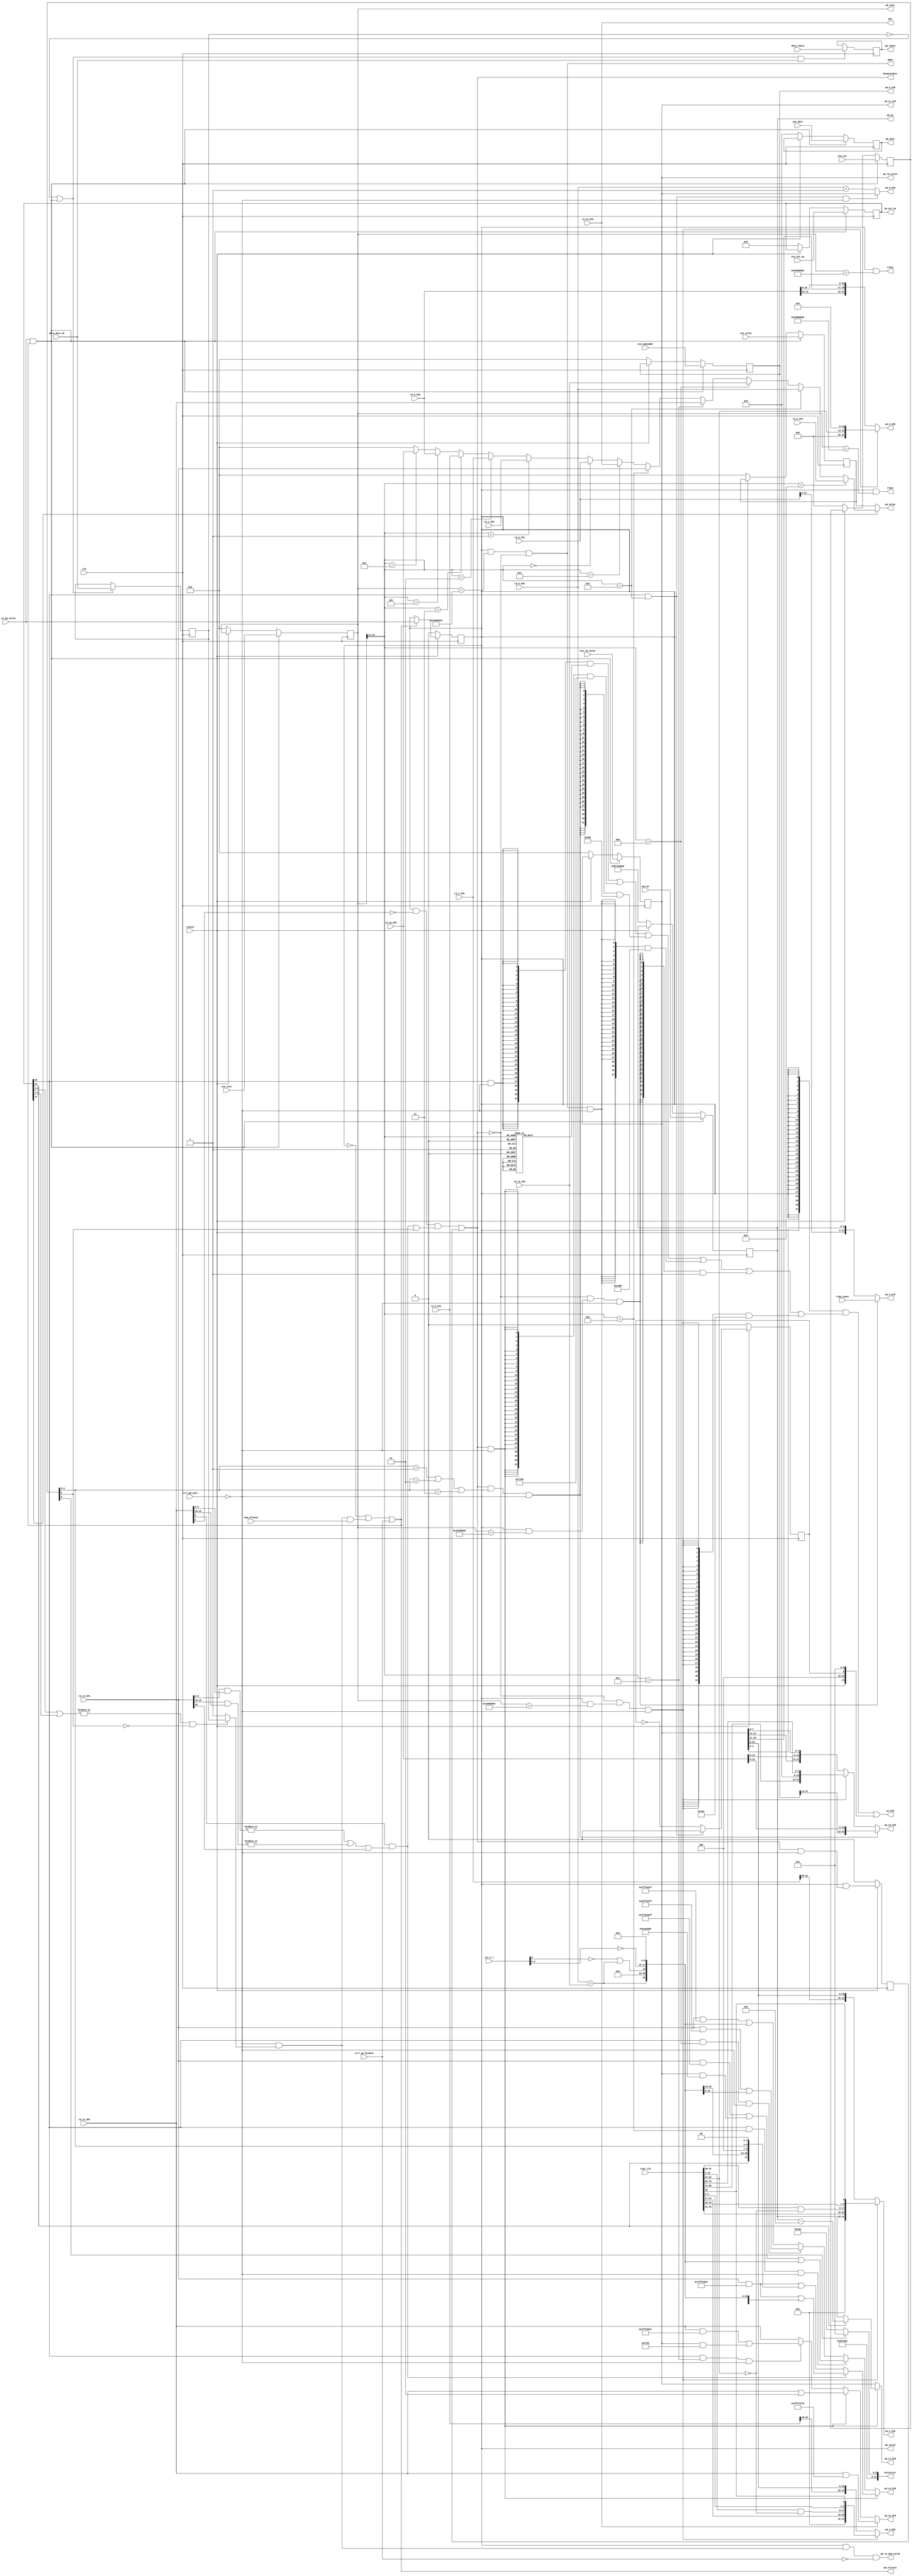

module prememory_stage(
    input  wire        clk,
    input  wire        resetn,

    input  wire [31:0] exe_pc,          //pc @execute_stage
    input  wire [31:0] exe_inst,        //instr code @execute_stage
    input  wire [ 6:0] exe_exc,
    input  wire [31:0] exe_badvaddr,
    output reg  [31:0] pm_pc,          //pc @prememory_stage
    output reg  [31:0] pm_inst,        //instr code @prememory_stage

    input  wire [19:0] exe_out_op,      //control signals used in MEM, WB stages
    input  wire [ 4:0] exe_dest,        //reg num of dest operand
    input  wire [31:0] exe_value,       //alu result from exe_stage or other intermediate
                                        //value for the following stages
    input  wire [31:0] exe_ld_value,

    input  wire [31:0] data_rdata,
    input  wire        data_data_ok,
    output reg  [31:0] pm_rdata,

    output wire [19:0] pm_out_op,      //control signals used in WB stage
    output reg  [ 4:0] pm_dest,        //reg num of dest operand
    output wire [31:0] pm_value,       //pm_stage final result
    output reg  [31:0] pm_ld_value,

    input  wire [31:0] rd_8_CP0,
    input  wire [31:0] rd_9_CP0,
    input  wire [31:0] rd_11_CP0,
    input  wire [31:0] rd_12_CP0,
    input  wire [31:0] rd_13_CP0,
    input  wire [31:0] rd_14_CP0,

    output wire [31:0] we_CP0,
    output reg  [31:0] wd_8_CP0,
    output reg  [31:0] wd_9_CP0,
    output reg  [31:0] wd_11_CP0,
    output reg  [31:0] wd_12_CP0,
    output reg  [31:0] wd_13_CP0,
    output reg  [31:0] wd_14_CP0,

    input  wire [31:0] rd_0_CP0,
    input  wire [31:0] rd_1_CP0,
    input  wire [31:0] rd_2_CP0,
    input  wire [31:0] rd_3_CP0,
    input  wire [31:0] rd_5_CP0,
    input  wire [31:0] rd_10_CP0,

    output reg  [31:0] wd_0_CP0,
    output reg  [31:0] wd_2_CP0,
    output reg  [31:0] wd_3_CP0,
    output reg  [31:0] wd_5_CP0,
    output reg  [31:0] wd_10_CP0,

    output wire        ResponseExc,
    output wire [31:0] ExcVector,
    output wire        ERET,
    output wire [31:0] EPC,
    input  wire [ 5:0] int_n_i,

    input  wire [31:0] tlbp_index,
    input  wire [89:0] tlbr_tlb,
    output wire        tlbwi,
    output wire        tlbwr,

    output reg         pm_valid,
    input  wire        exe_to_pm_valid,
    output wire        pm_allowin,
    output wire        pm_to_mem_valid,
    input  wire        mem_allowin,

    input  wire        ctrl_pm_wait,
    input  wire        ctrl_pm_disable
);

wire        pm_ready_go;
reg         data_data_ok_r;

reg  [19:0] pm_op;
reg  [31:0] pm_prev_value;

reg  [ 6:0] prev_exc;
reg  [31:0] prev_badvaddr;

reg         tick_tock;

reg  [31:0] MTC0_we;

wire        op_DelaySlot;
wire        op_MTC0;
wire        op_MFC0;
wire [ 2:0] op_SaveMem;
wire [ 2:0] op_LoadMem;

wire        int_req;
wire        int_pending;

wire        TI;
wire [ 5:0] HWInt;

wire        TLBP;
wire        TLBR;
wire        TLBWI;
wire        TLBWR;

wire        exc_tlb;

always @(posedge clk) begin
    if(!resetn) begin
        pm_pc          <= 32'hbfc00000;
        pm_inst        <= 32'd0;
        pm_dest        <= 5'd0;
        pm_op          <= 20'd0;
        pm_prev_value  <= 32'd0;
        pm_ld_value    <= 32'd0;
        prev_exc       <= 7'd0;
        prev_badvaddr  <= 32'd0;
        pm_valid       <= 1'b0;
    end
    else if(pm_allowin) begin
        pm_valid       <= exe_to_pm_valid;
    end
    if(exe_to_pm_valid && pm_allowin) begin
        pm_pc          <= exe_pc;
        pm_inst        <= exe_inst;
        pm_dest        <= exe_dest;
        pm_op          <= exe_out_op;
        pm_prev_value  <= exe_value;
        pm_ld_value    <= exe_ld_value;
        prev_exc       <= exe_exc;
        prev_badvaddr  <= exe_badvaddr;
    end
    if((!data_data_ok_r || exe_to_pm_valid && pm_allowin) && data_data_ok) begin
        pm_rdata       <= data_rdata;
    end
    if(!data_data_ok_r || exe_to_pm_valid && pm_allowin) begin
        data_data_ok_r <= data_data_ok;
    end
end

always @(posedge clk) begin
    if(!resetn) begin
        tick_tock     <= 1'b0;

    end
    else begin
        tick_tock     <= (op_MTC0 && pm_inst[15:11] == 5'h09) ? 1'b0 : ~tick_tock;

    end
end

always @(*) begin
    case(pm_inst[15:11])
    5'h00:   MTC0_we = 32'h00000001;
    5'h01:   MTC0_we = 32'h00000002;
    5'h02:   MTC0_we = 32'h00000004;
    5'h03:   MTC0_we = 32'h00000008;
    5'h04:   MTC0_we = 32'h00000010;
    5'h05:   MTC0_we = 32'h00000020;
    5'h06:   MTC0_we = 32'h00000040;
    5'h07:   MTC0_we = 32'h00000080;
    5'h08:   MTC0_we = 32'h00000000; // BadVAddr
    5'h09:   MTC0_we = 32'h00000200;
    5'h0a:   MTC0_we = 32'h00000400;
    5'h0b:   MTC0_we = 32'h00002800; // Compare
    5'h0c:   MTC0_we = 32'h00001000;
    5'h0d:   MTC0_we = 32'h00002000;
    5'h0e:   MTC0_we = 32'h00004000;
    5'h0f:   MTC0_we = 32'h00008000;
    5'h10:   MTC0_we = 32'h00010000;
    5'h11:   MTC0_we = 32'h00020000;
    5'h12:   MTC0_we = 32'h00040000;
    5'h13:   MTC0_we = 32'h00080000;
    5'h14:   MTC0_we = 32'h00100000;
    5'h15:   MTC0_we = 32'h00200000;
    5'h16:   MTC0_we = 32'h00400000;
    5'h17:   MTC0_we = 32'h00800000;
    5'h18:   MTC0_we = 32'h01000000;
    5'h19:   MTC0_we = 32'h02000000;
    5'h1a:   MTC0_we = 32'h04000000;
    5'h1b:   MTC0_we = 32'h08000000;
    5'h1c:   MTC0_we = 32'h10000000;
    5'h1d:   MTC0_we = 32'h20000000;
    5'h1e:   MTC0_we = 32'h40000000;
    5'h1f:   MTC0_we = 32'h80000000;
    default: MTC0_we = 32'h00000000;
    endcase
end

assign op_DelaySlot = pm_op[19];
assign op_MTC0      = pm_op[18];
assign op_MFC0      = pm_op[17];
assign op_SaveMem   = pm_op[9:7];
assign op_LoadMem   = pm_op[6:4];

assign int_pending = rd_12_CP0[0] & (|(rd_13_CP0[9:8] & rd_12_CP0[9:8]) | |(rd_13_CP0[15:10] & rd_12_CP0[15:10]) | rd_13_CP0[30]);

wire   exc_resp;
reg    exc_resp_r;

assign exc_resp    = pm_valid && !rd_12_CP0[1] && (int_pending || prev_exc[6]);

always @(posedge clk) begin
    if(!resetn) begin
        exc_resp_r <= 1'b0;
    end else begin
        exc_resp_r <= pm_valid && (exc_resp || exc_resp_r) & !ctrl_pm_wait;
    end
end

assign ResponseExc = exc_resp || exc_resp_r;

assign ERET        = pm_valid && (pm_inst == 32'b010000_10000_00000_00000_00000_011000) && !ResponseExc;

assign TLBP        = pm_valid && (pm_inst == 32'b010000_10000_00000_00000_00000_001000);
assign TLBR        = pm_valid && (pm_inst == 32'b010000_10000_00000_00000_00000_000001);
assign TLBWI       = pm_valid && (pm_inst == 32'b010000_10000_00000_00000_00000_000010);
assign TLBWR       = pm_valid && (pm_inst == 32'b010000_10000_00000_00000_00000_000110);

assign exc_tlb     = prev_exc[4:0] == 5'd1 || prev_exc[4:0] == 5'd2 || prev_exc[4:0] == 5'd3;

assign tlbwi       = TLBWI;
assign tlbwr       = TLBWR;

assign TI          = rd_9_CP0 == rd_11_CP0;

assign we_CP0      = {32{pm_valid}} & (({32{op_MTC0 && !ctrl_pm_wait}} & MTC0_we)
                   | ({32{ResponseExc && !ctrl_pm_wait}} & 32'h00007100)
                   | ({32{ResponseExc && exc_tlb && !ctrl_pm_wait}} & 32'h00000400)
                   | ({32{ERET && !ctrl_pm_wait}} & 32'h00001000)
                   | ({32{!ResponseExc && TLBP && !ctrl_pm_wait}} & 32'h00000001)
                   | ({32{!ResponseExc && TLBR && !ctrl_pm_wait}} & 32'h0000042c))
                   | {18'd0, resetn, 3'd0, tick_tock, 9'd0};

always @(*) begin
    wd_8_CP0 = prev_badvaddr;
end

always @(*) begin
    if(op_MTC0 && pm_inst[15:11] == 5'h09 && !ctrl_pm_wait) begin
        wd_9_CP0 = pm_ld_value;
    end else begin
        wd_9_CP0 = rd_9_CP0 + 32'd1;
    end
end

always @(*) begin
    wd_11_CP0 = pm_ld_value;
end

always @(*) begin
    if(ERET && !ctrl_pm_wait) begin
        wd_12_CP0 = rd_12_CP0 & 32'hfffffffd;
    end else if(ResponseExc && !ctrl_pm_wait) begin
        wd_12_CP0 = rd_12_CP0 | 32'h00000002;
    end else if(op_MTC0 && pm_inst[15:11] == 5'h0c && !ctrl_pm_wait) begin
        wd_12_CP0 = (rd_12_CP0 & 32'hffff00fc) | (pm_ld_value & 32'h0000ff03);
    end else begin
        wd_12_CP0 = rd_12_CP0;
    end
end

always @(*) begin
    if(ResponseExc && !ctrl_pm_wait) begin
        if(int_pending) begin
            wd_13_CP0 = (rd_13_CP0 & 32'h7fff0383) | {op_DelaySlot, TI, 14'd0, HWInt, 10'd0};
        end else begin
            wd_13_CP0 = (rd_13_CP0 & 32'h7fff0383) | {op_DelaySlot, TI, 14'd0, HWInt, 3'd0, prev_exc[4:0], 2'd0};
        end
    end else if(op_MTC0 && pm_inst[15:11] == 5'h0d && !ctrl_pm_wait) begin
        wd_13_CP0 = (rd_13_CP0 & 32'hf73f00ff) | (pm_ld_value & 32'h08c00300) | {1'b0, TI, 14'd0, HWInt, 10'd0};
    end else if(op_MTC0 && pm_inst[15:11] == 5'h0b && !ctrl_pm_wait) begin
        wd_13_CP0 = (rd_13_CP0 & 32'hbfff03ff) | {16'd0, HWInt, 10'd0};
    end else begin
        wd_13_CP0 = {rd_13_CP0 & 32'hffff03ff} | {1'b0, TI, 14'd0, HWInt, 10'd0};
    end
end

always @(*) begin
    if(ResponseExc && !ctrl_pm_wait) begin
        wd_14_CP0 = op_DelaySlot ? pm_pc - 32'd4 : pm_pc;
    end else begin
        wd_14_CP0 = pm_ld_value;
    end
end

always @(*) begin
    if(!ResponseExc && TLBP && !ctrl_pm_wait) begin
        wd_0_CP0 = tlbp_index;
    end else begin
        wd_0_CP0 = {rd_0_CP0[31:5], pm_ld_value[4:0]};
    end
end

always @(*) begin
    if(!ResponseExc && TLBR && !ctrl_pm_wait) begin
        wd_2_CP0 = {6'd0, tlbr_tlb[49:42], tlbr_tlb[41:30] & ~tlbr_tlb[62:51], tlbr_tlb[29:25], tlbr_tlb[50]};
        wd_3_CP0 = {6'd0, tlbr_tlb[24:17], tlbr_tlb[16: 5] & ~tlbr_tlb[62:51], tlbr_tlb[ 4: 0], tlbr_tlb[50]};
    end else begin
        wd_2_CP0 = {rd_2_CP0[31:26], pm_ld_value[25:0]};
        wd_3_CP0 = {rd_3_CP0[31:26], pm_ld_value[25:0]};
    end
end

always @(*) begin
    if(!ResponseExc && TLBR && !ctrl_pm_wait) begin
        wd_5_CP0 = {7'd0, tlbr_tlb[62:51], 13'd0};
    end else begin
        wd_5_CP0 = {rd_5_CP0[31:29], pm_ld_value[28:11], rd_5_CP0[10:0]};
    end
end

always @(*) begin
    if(ResponseExc && exc_tlb && !ctrl_pm_wait) begin
        wd_10_CP0 = {prev_badvaddr[31:13], rd_10_CP0[12:0]};
    end else if(!ResponseExc && TLBR && !ctrl_pm_wait) begin
        wd_10_CP0 = {tlbr_tlb[89:71], 5'd0, tlbr_tlb[70:63]};
    end else begin
        wd_10_CP0 = {pm_ld_value[31:13], rd_10_CP0[12:8], pm_ld_value[7:0]};
    end
end

assign ExcVector   = prev_exc[5] ? 32'hbfc00200 : 32'hbfc00380;
assign EPC         = rd_14_CP0;

assign HWInt[5]    = ~int_n_i[5] | TI;
assign HWInt[4:0]  = ~int_n_i[4:0];

assign pm_out_op       = pm_op;
assign pm_value        = op_MFC0 ?
                         pm_inst[15:11] == 5'd8  ? rd_8_CP0  :
                         pm_inst[15:11] == 5'd9  ? rd_9_CP0  :
                         pm_inst[15:11] == 5'd11 ? rd_11_CP0 :
                         pm_inst[15:11] == 5'd12 ? rd_12_CP0 :
                         pm_inst[15:11] == 5'd13 ? rd_13_CP0 :
                         pm_inst[15:11] == 5'd14 ? rd_14_CP0 :
                         pm_inst[15:11] == 5'd0  ? rd_0_CP0  :
                         pm_inst[15:11] == 5'd1  ? rd_1_CP0  :
                         pm_inst[15:11] == 5'd2  ? rd_2_CP0  :
                         pm_inst[15:11] == 5'd3  ? rd_3_CP0  :
                         pm_inst[15:11] == 5'd5  ? rd_5_CP0  :
                         pm_inst[15:11] == 5'd10 ? rd_10_CP0 :
                         32'd0 : pm_prev_value;

// assign pm_ready_go     = !ctrl_pm_wait && (|(op_LoadMem | op_SaveMem) ? (data_data_ok || data_data_ok_r) : 1'b1);
assign pm_ready_go     = !ctrl_pm_wait && (|(op_LoadMem | op_SaveMem) && !prev_exc[6] ? data_data_ok_r : 1'b1);
assign pm_allowin      = !pm_valid || pm_ready_go && mem_allowin || ctrl_pm_disable;
assign pm_to_mem_valid = pm_valid && pm_ready_go && (!ctrl_pm_disable);

endmodule